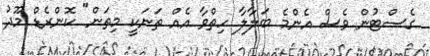
ގެސްޓުން ވެސް އެންމެ ބަލާލާ ހިތްވާ އެއް ތަނަކީ މިތަން" ކޮންރެޑް މޫދު